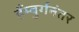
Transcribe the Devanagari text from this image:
हँम्बुर्गनंतर